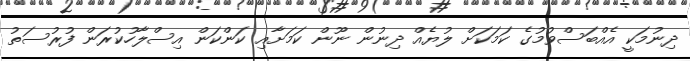
ދިނުމަކީ އެއްބަސްވުމުގެ ކަމަކަށް ލުޔެއް ދިނުން ނޫން ކަމަށާއި ކަންކަން އިސްލާހުކުރަން ފުރުސަތު